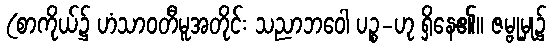
(စာကိုယ်၌ ဟံသာဝတီမူအတိုင်း သညာဘဝေါ ပဉ္စ-ဟု ရှိနေ၏။ ဇမ္ဗုမှု၌